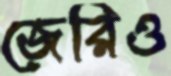
জেরিও